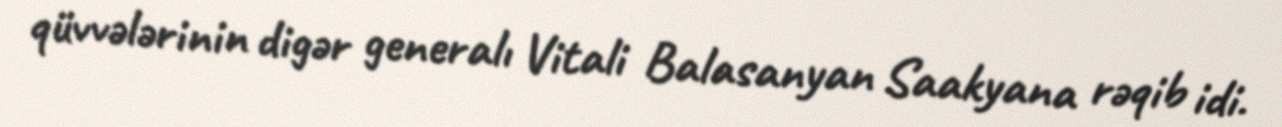
qüvvələrinin digər generalı Vitali Balasanyan Saakyana rəqib idi.